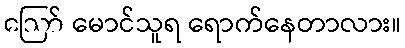
ဪ မောင်သူရ ရောက်နေတာလား။